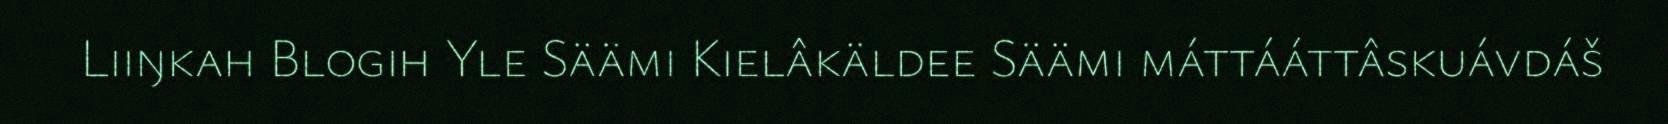
Liiŋkah Blogih Yle Säämi Kielâkäldee Säämi máttááttâskuávdáš